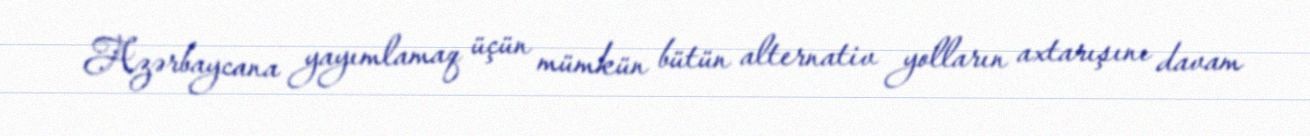
Azərbaycana yayımlamaq üçün mümkün bütün alternativ yolların axtarışını davam